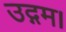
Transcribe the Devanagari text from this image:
उद्गम।